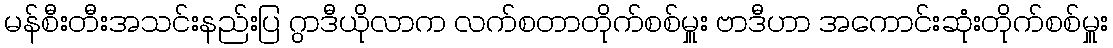
မန်စီးတီးအသင်းနည်းပြ ဂွာဒီယိုလာက လက်စတာတိုက်စစ်မှူး ဗာဒီဟာ အကောင်းဆုံးတိုက်စစ်မှူး